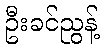
ဦးခင်ညွန့်